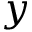
y